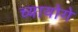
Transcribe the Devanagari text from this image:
च्यायोगे